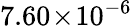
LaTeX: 7.60\! \times\! 10^{-6}